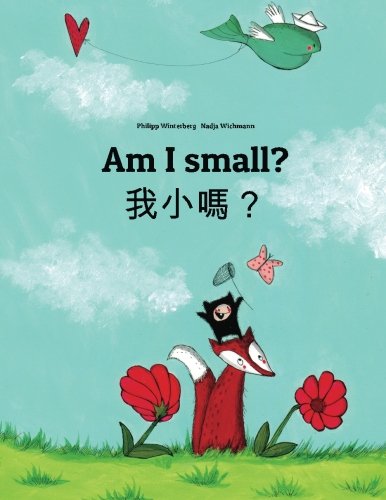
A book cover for Am I small? Wo xiao ma?: Children's Picture Book English-Chinese [traditional] (Bilingual Edition); Philipp Winterberg; Children's Books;